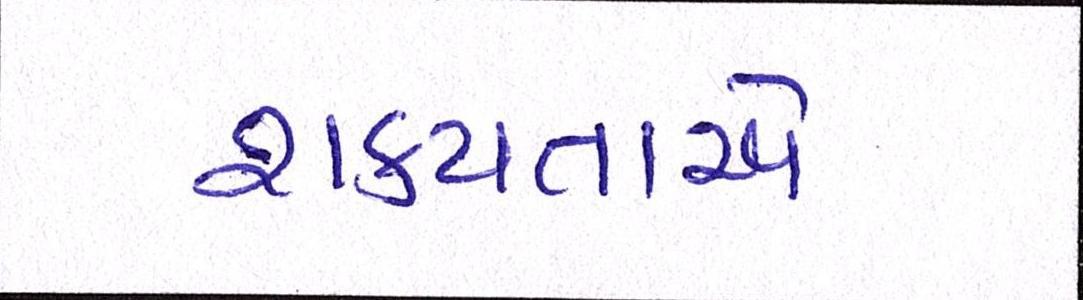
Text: શક્યતાએ